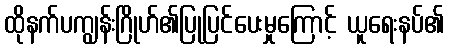
ထိုနက်ပကျွန်းဂြိုဟ်၏ပြုပြင်ပေးမှုကြောင့် ယူရေးနပ်၏